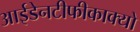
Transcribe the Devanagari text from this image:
आईडेनटीफीकाक्यो